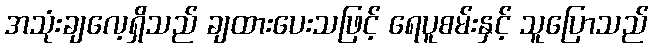
အသုံးချလေ့ရှိသည် ချထားပေးသဖြင့် ရေပူစမ်းနှင့် သူပြောသည်